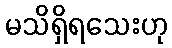
မသိရှိရသေးဟု